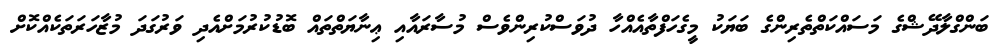
ބަންގްލާދޭޝްގެ މަސައްކަތްތެރިންގެ ބަޔަކު މީގެހަފްތާއެއްހާ ދުވަސްކުރިންވެސް މުސާރައާއި ޢިނާޔަތްތައް ބޮޑުކުރުމަށްއެދި ވަރުގަދަ މުޒާހަރަތަކެއްކޮށް